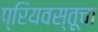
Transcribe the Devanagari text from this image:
प्रियवस्तूचा